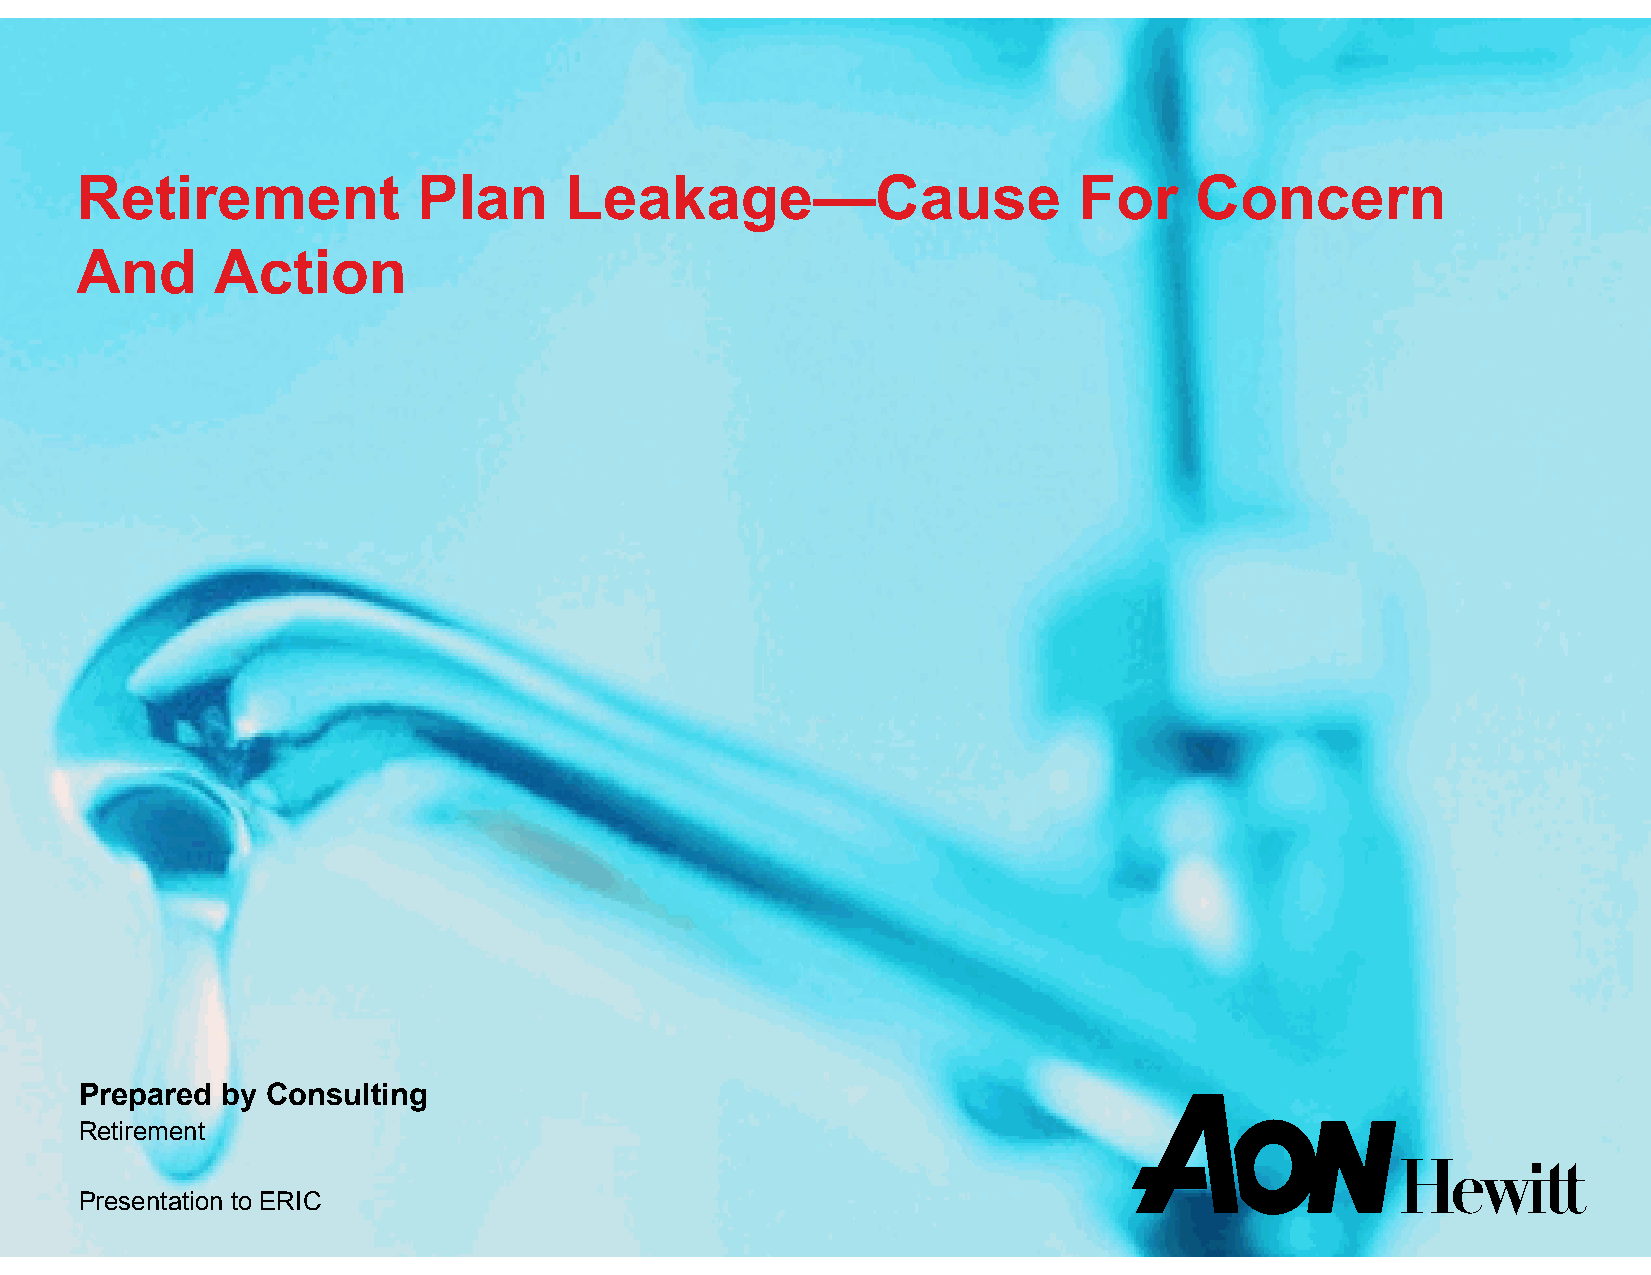
Retirement             Plan     Leakage—Cause                     For     Concern
 And      Action
 Prepared  by Consulting
 Retirement
 Presentation to ERIC